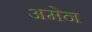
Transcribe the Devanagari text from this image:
अमेन